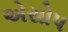
એસોપ